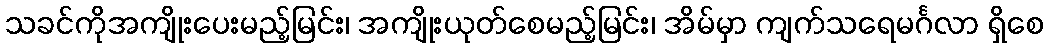
သခင်ကိုအကျိုးပေးမည့်မြင်း၊ အကျိုးယုတ်စေမည့်မြင်း၊ အိမ်မှာ ကျက်သရေမင်္ဂလာ ရှိစေ